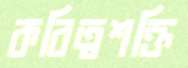
কবিত্বশক্তি